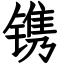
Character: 镌